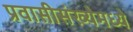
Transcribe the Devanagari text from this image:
प्रवासीसंख्येमध्ये